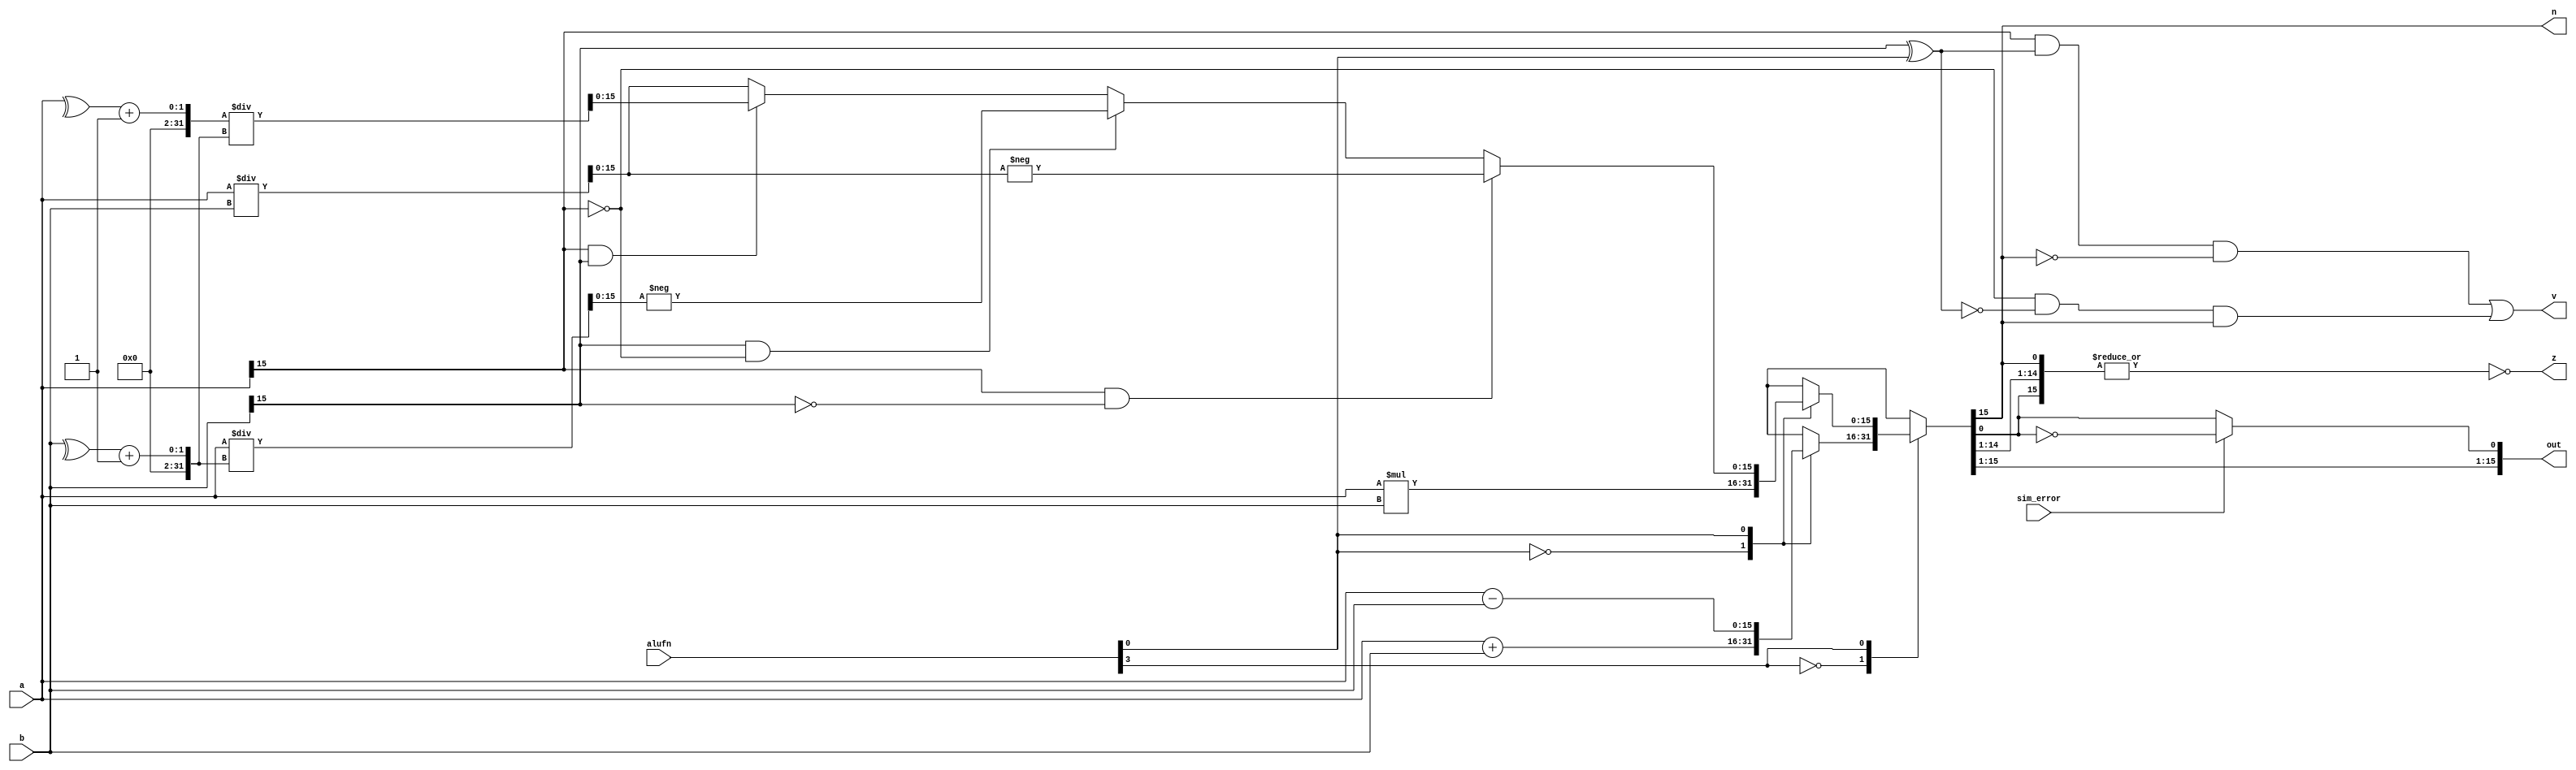
module adder_16_8 (
    input [15:0] a,
    input [15:0] b,
    input [5:0] alufn,
    input [0:0] sim_error,
    output reg [15:0] out,
    output reg [0:0] z,
    output reg [0:0] v,
    output reg [0:0] n
  );
  
  
  
  reg [15:0] s;
  
  reg [0:0] alufn0;
  
  reg [31:0] extended_a;
  
  reg [31:0] extended_b;
  
  reg [31:0] muldiv_extended;
  
  always @* begin
    s = 16'h0000;
    alufn0 = alufn[0+0-:1];
    extended_a = 32'h00000000;
    extended_b = 32'h00000000;
    muldiv_extended = 32'h00000000;
    
    case (alufn[3+0-:1])
      1'h0: begin
        
        case (alufn[0+0-:1])
          1'h0: begin
            s = a + b;
          end
          1'h1: begin
            s = a - b;
          end
          default: begin
            s = 16'h0000;
          end
        endcase
      end
      1'h1: begin
        extended_a[0+15-:16] = a;
        extended_b[0+15-:16] = b;
        
        case (alufn[0+0-:1])
          1'h0: begin
            muldiv_extended = extended_a * extended_b;
            s = muldiv_extended[0+15-:16];
          end
          1'h1: begin
            if (a[15+0-:1] == 1'h1 && b[15+0-:1] == 1'h0) begin
              muldiv_extended = extended_a / extended_b;
              s = muldiv_extended[0+15-:16];
              s = -s;
            end else begin
              if (b[15+0-:1] == 1'h1 && a[15+0-:1] == 1'h0) begin
                extended_b[0+15-:16] = (^b);
                extended_b = extended_b + 1'h1;
                muldiv_extended = extended_a / extended_b;
                s = muldiv_extended[0+15-:16];
                s = -s;
              end else begin
                if (a[15+0-:1] == 1'h1 && b[15+0-:1] == 1'h1) begin
                  extended_a[0+15-:16] = (^a);
                  extended_a = extended_a + 1'h1;
                  extended_b[0+15-:16] = (^b);
                  extended_b = extended_b + 1'h1;
                  muldiv_extended = extended_a / extended_b;
                  s = muldiv_extended[0+15-:16];
                end else begin
                  muldiv_extended = extended_a / extended_b;
                  s = muldiv_extended[0+15-:16];
                end
              end
            end
          end
          default: begin
            s = 16'h0000;
          end
        endcase
      end
      default: begin
        s = 16'h0000;
      end
    endcase
    z = ~(|s);
    v = (a[15+0-:1] & (b[15+0-:1] ^ alufn0) & ~s[15+0-:1]) | (~a[15+0-:1] & ~(b[15+0-:1] ^ alufn0) & s[15+0-:1]);
    n = s[15+0-:1];
    if (sim_error == 1'h0) begin
      out = s;
    end else begin
      s[0+0-:1] = !s[0+0-:1];
      out = s;
    end
  end
endmodule